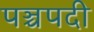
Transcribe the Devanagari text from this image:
पञ्चपदी